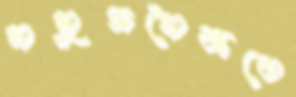
সমুদ্রসৈকতে